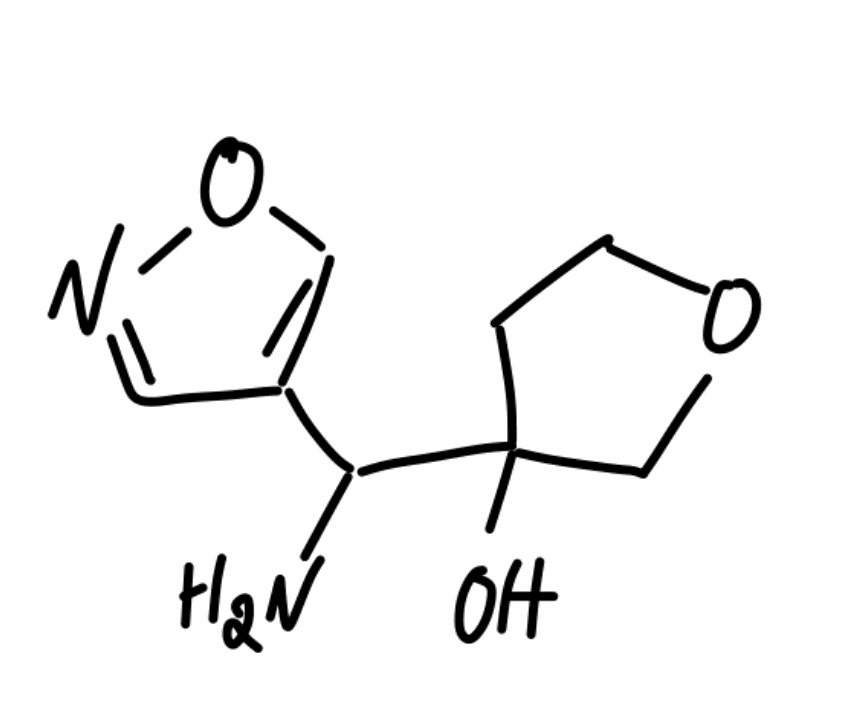
Simplified molecular-input line-entry system (SMILES) notation of the given molecule:
C1COCC1(C(C2=CON=C2)N)O